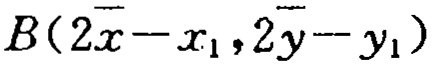
\(B(2\overline{x}-x_{1},2\overline{y}-y_{1})\)